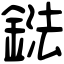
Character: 鍅